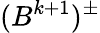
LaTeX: (B^{k+1})^{\pm}